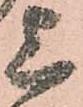
上